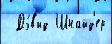
  Дэ́в'ид Шнайд'ер